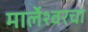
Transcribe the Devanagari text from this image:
मार्लेश्वरचा